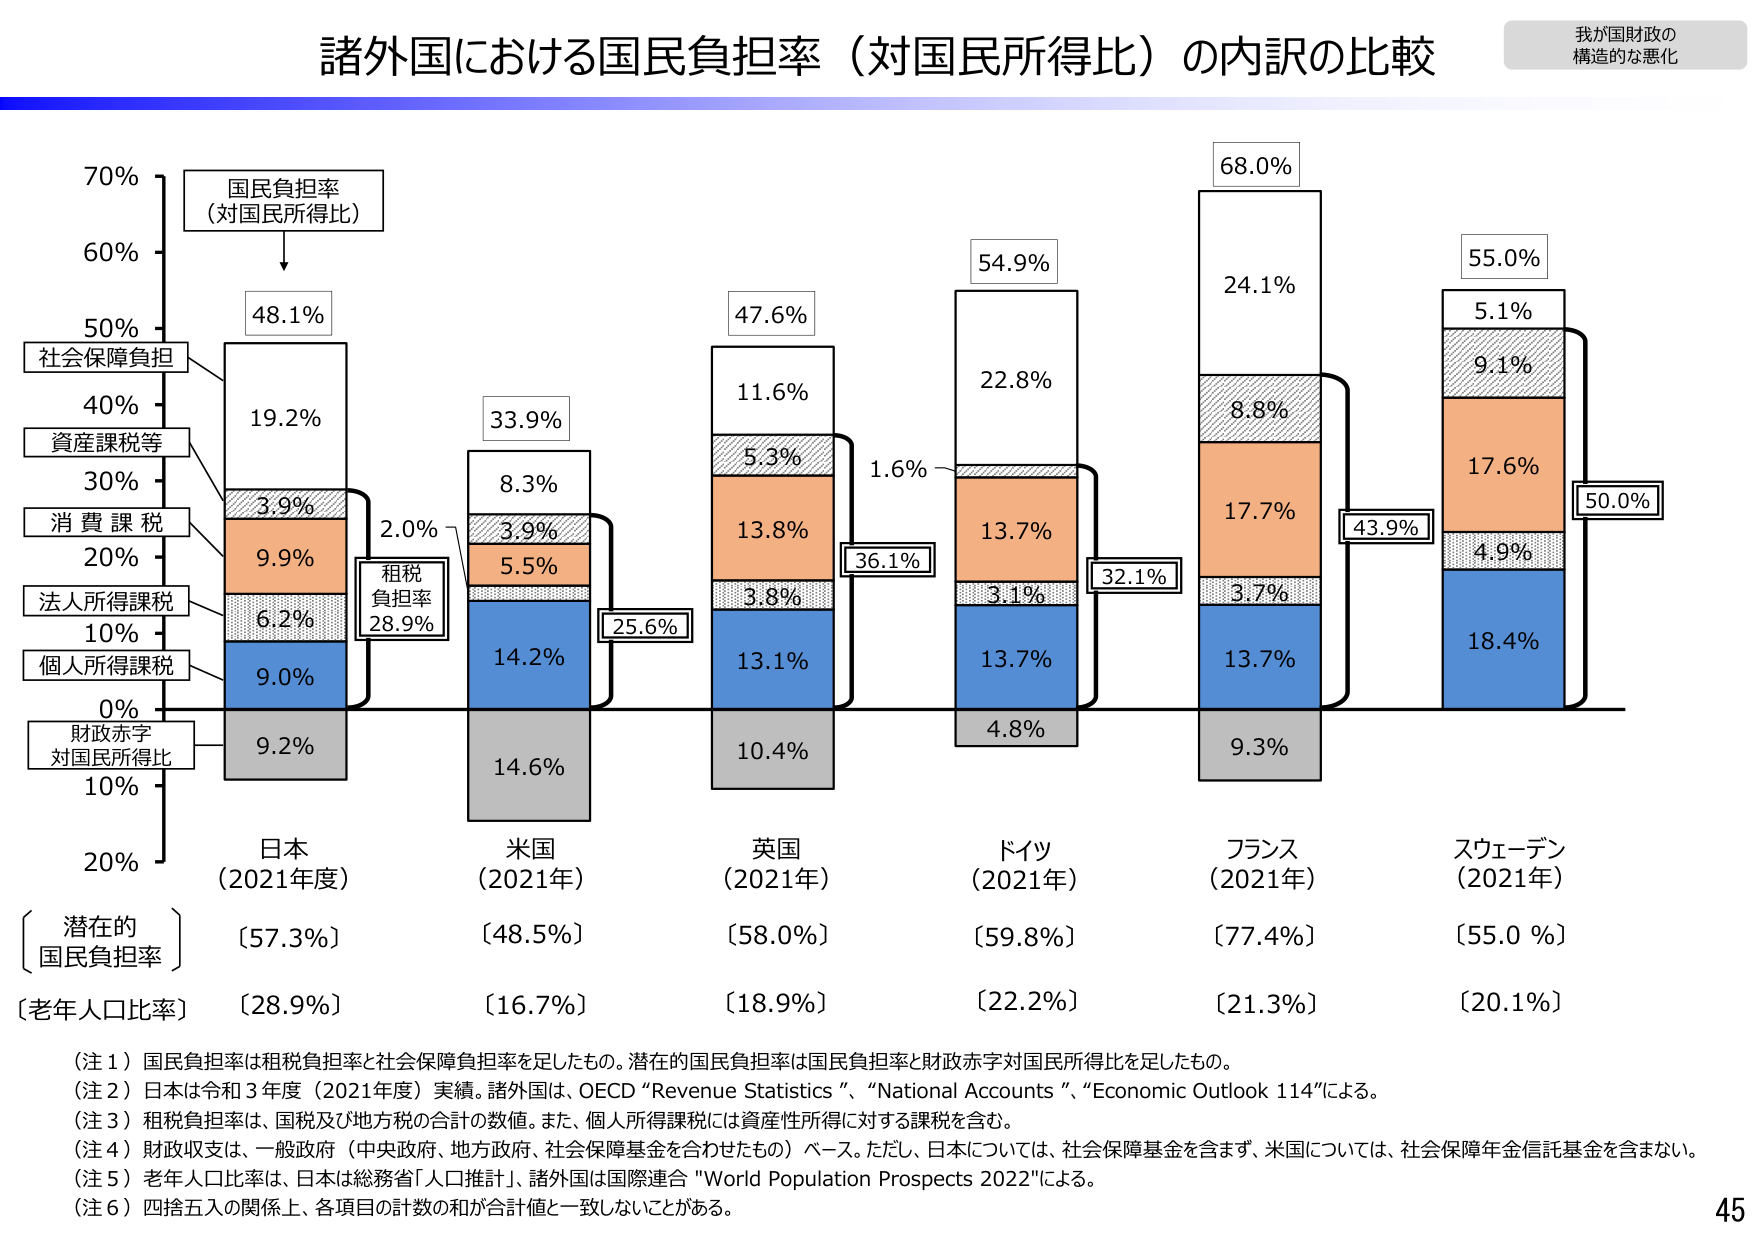
諸外国における国民負担率（対国民所得比）の内訳の比較

我が国財政の
構造的な悪化

70%
60%
50%
40%
30%
20%
10%
0%
-10%
-20%

国民負担率
（対国民所得比）

社会保障負担
資産課税等
消費課税
法人所得課税
個人所得課税
財政赤字
対国民所得比

48.1%
19.2%
3.9%
9.9%
6.2%
9.0%
9.2%

33.9%
8.3%
3.9%
5.5%
14.2%
14.6%

47.6%
11.6%
5.3%
13.8%
3.8%
13.1%
10.4%

54.9%
22.8%
1.6%
13.7%
3.1%
13.7%
4.8%

68.0%
24.1%
8.8%
17.7%
3.7%
13.7%
9.3%

55.0%
5.1%
9.1%
17.6%
4.9%
18.4%
50.0%

租税
負担率
28.9%

2.0%
25.6%
36.1%
32.1%
43.9%

日本
（2021年度）
〔潜在的
国民負担率〕
〔57.3%〕
〔老年人口比率〕
〔28.9%〕

米国
（2021年）
〔48.5%〕
〔16.7%〕

英国
（2021年）
〔58.0%〕
〔18.9%〕

ドイツ
（2021年）
〔59.8%〕
〔22.2%〕

フランス
（2021年）
〔77.4%〕
〔21.3%〕

スウェーデン
（2021年）
〔55.0 %〕
〔20.1%〕

（注１）国民負担率は租税負担率と社会保障負担率を足したもの。潜在的国民負担率は国民負担率と財政赤字対国民所得比を足したもの。
（注２）日本は令和３年度（2021年度）実績。諸外国は、OECD “Revenue Statistics”、“National Accounts”、“Economic Outlook 114”による。
（注３）租税負担率は、国税及び地方税の合計の数値。また、個人所得課税には資産性所得に対する課税を含む。
（注４）財政収支は、一般政府（中央政府、地方政府、社会保障基金を合わせたもの）ベース。ただし、日本については、社会保障基金を含まず、米国については、社会保障年金信託基金を含まない。
（注５）老年人口比率は、日本は総務省「人口推計」、諸外国は国際連合 “World Population Prospects 2022”による。
（注６）四捨五入の関係上、各項目の計数の和が合計値と一致しないことがある。

45